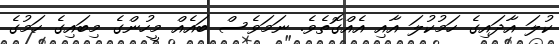
ކުލަ އާދައިގެ ހަމުކުލަ އާއި އެއްގޮތެވެ. ނަމަވެސް ބައެއް މީހުންގެ މިބައިގެ ހަމުގެ